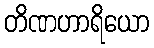
တိဏဟာရိယော